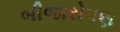
બીજારોપણ